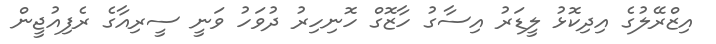
އިޒްރޭލުގެ އިދިކޮޅު ލީޑަރު އިސާގު ހާޒޮގް ހޮނިހިރު ދުވަހު ވަނީ ސީރިއާގެ ރެފިއުޖީން